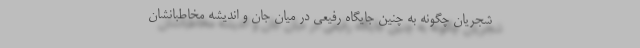
شجریان چگونه به چنین جایگاه رفیعی در میان جان و اندیشه مخاطبانشان